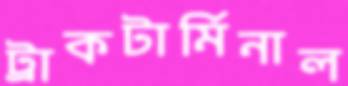
ট্রাকটার্মিনাল